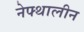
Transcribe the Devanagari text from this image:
नेफ्थालीन